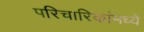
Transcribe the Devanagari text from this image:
परिचारिकांमध्ये